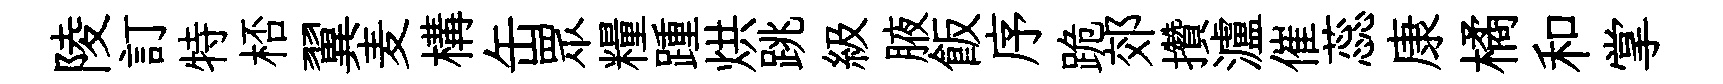
陵訂特桮翼麦構缶眾糧踵烘跳級腋飯序跪郊攢瀘催蕊康橘和掌